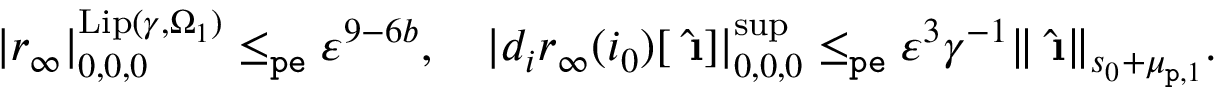
\begin{array} { r } { | r _ { \infty } | _ { 0 , 0 , 0 } ^ { \mathrm { L i p } ( \gamma , \Omega _ { 1 } ) } \le _ { \mathtt { p e } } \varepsilon ^ { 9 - 6 b } , \quad | d _ { i } r _ { \infty } ( i _ { 0 } ) [ \hat { \textbf { \i } } ] | _ { 0 , 0 , 0 } ^ { \operatorname* { s u p } } \le _ { \mathtt { p e } } \varepsilon ^ { 3 } \gamma ^ { - 1 } \rVert \hat { \textbf { \i } } \rVert _ { s _ { 0 } + \mu _ { \mathtt { p } , 1 } } . } \end{array}